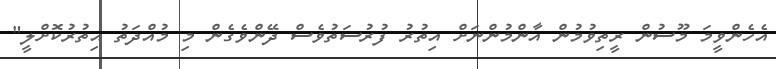
އެހެންވީމަ މޫސުން ރީތިވުމުން އާންމުންނަށް އިތުރު ފުރުސަތުވެސް ދޭންވެގެން މި މުއްދަތު އިތުރުކޮށްލީ"